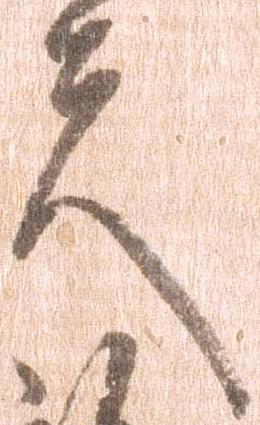
夫